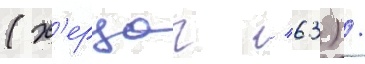
(х'ерцог / 63) /